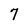
Character: 7